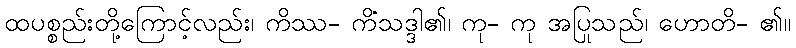
ထပစ္စည်းတို့ကြောင့်လည်း၊ ကိဿ- ကိံသဒ္ဒါ၏၊ ကု- ကု အပြုသည်၊ ဟောတိ- ၏။